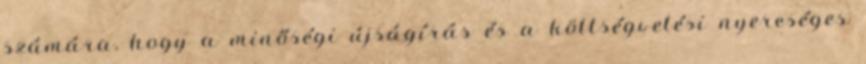
számára, hogy a minőségi újságírás és a költségvetési nyereséges